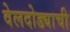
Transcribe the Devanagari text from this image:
वेलदोड्याची